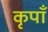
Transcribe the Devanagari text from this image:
कृपाँ